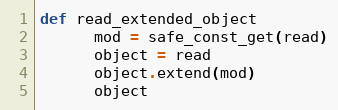
Language: Ruby
def read_extended_object
      mod = safe_const_get(read)
      object = read
      object.extend(mod)
      object